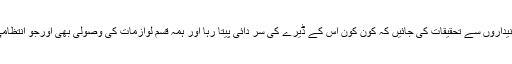
چاہیے تو یہ کہ تقریباً 15 سال سے اس علاقہ میں تعینات تھانیداروں سے تحقیقات کی جائیں کہ کون کون اس کے ڈیرے کی سر دائی پیتا رہا اور ہمہ قسم لوازمات کی وصولی بھی اورجو انتظامی اہلکار سرکاری ملازمین کو بھتہ دے کر چھڑاتے رہے ہیں۔